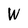
Character: W